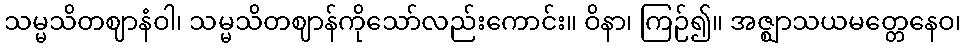
သမ္မသိတဈာနံဝါ၊ သမ္မသိတဈာန်ကိုသော်လည်းကောင်း။ ဝိနာ၊ ကြဉ်၍။ အဇ္ဈာသယမတ္တေနေဝ၊